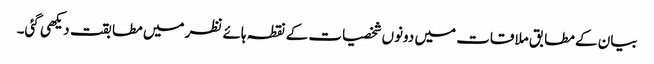
بیان کے مطابق ملاقات میں دونوں شخصیات کے نقطہ ہائے نظر میں مطابقت دیکھی گئی۔